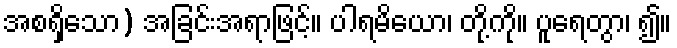
အစရှိသော) အခြင်းအရာဖြင့်။ ပါရမိယော၊ တို့ကို။ ပူရေတွာ၊ ၍။